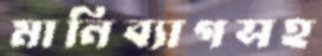
মানিব্যাগসহ